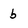
Character: b